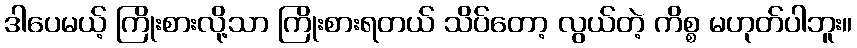
ဒါပေမယ့် ကြိုးစားလို့သာ ကြိုးစားရတယ် သိပ်တော့ လွယ်တဲ့ ကိစ္စ မဟုတ်ပါဘူး။